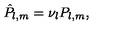
{ \hat { P } } _ { l , m } = \nu _ { l } P _ { l , m } ,